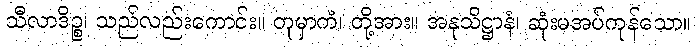
သီလာဒိဉ္စ၊ သည်လည်းကောင်း။ တုမှာကံ၊ တို့အား။ အနုသိဋ္ဌာနံ၊ ဆုံးမအပ်ကုန်သော။